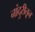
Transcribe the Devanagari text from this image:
नांदुरीतून